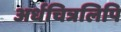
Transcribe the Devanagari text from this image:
अर्धचित्रलिपि